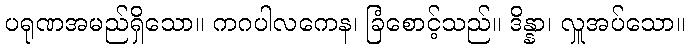
ပရုဏအမည်ရှိသော။ ကဂပါလကေန၊ ခြံစောင့်သည်။ ဒိန္နာ၊ လှူအပ်သော။